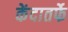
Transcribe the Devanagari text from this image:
केंदातर्फे